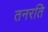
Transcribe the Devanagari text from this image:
तनरति